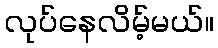
လုပ်နေလိမ့်မယ်။